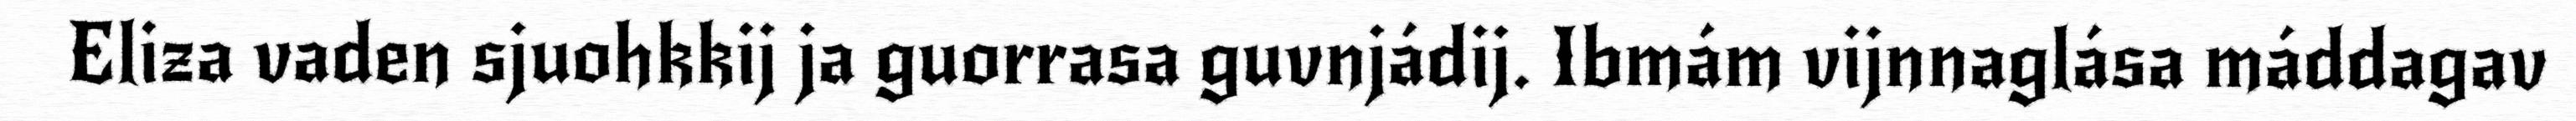
Eliza vaden sjuohkkij ja guorrasa guvnjádij. Ibmám vijnnaglása máddagav